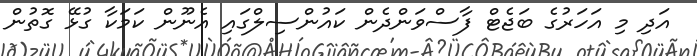
އަދި މި އަހަރުގެ ބަޖެޓް ފާސްވަންދެން ކައުންސިލްގައި އެނޫން ކަމަކާ ގުޅޭ ގޮތުން